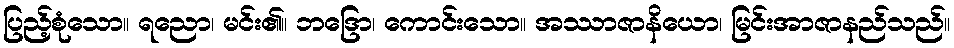
ပြည့်စုံသော။ ရညော၊ မင်း၏။ ဘဒြော၊ ကောင်းသော။ အဿာဇာနိယော၊ မြင်းအာဇာနည်သည်။